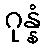
ဂုန္နံ